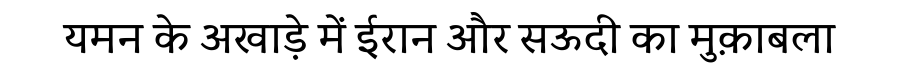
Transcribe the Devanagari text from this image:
यमन के अखाड़े में ईरान और सऊदी का मुक़ाबला